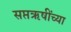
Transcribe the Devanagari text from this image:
सप्तऋषींच्या